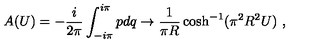
A ( U ) = - { \frac { i } { 2 \pi } } \int _ { - i \pi } ^ { i \pi } p d q \rightarrow { \frac { 1 } { \pi R } } \cosh ^ { - 1 } ( \pi ^ { 2 } R ^ { 2 } U ) \ ,